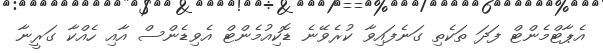
އެޕާޓްމެންޓް ފަދަ ތަކެތި ގަނެފައިވާ ކުރެވޭނެ ޑޮކިއުމެންޓް އެވިޑެންސް އާއި ހެއްކާ ގަރީނާ